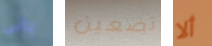
بانى تضعين ألا